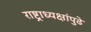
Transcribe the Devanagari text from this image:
राष्ट्राध्यक्षांपुढे